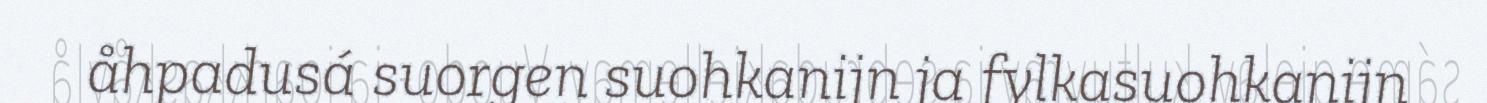
åhpadusá suorgen suohkanijn ja fylkasuohkanijn